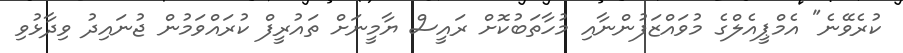
ކުރެވޭނެ" އެމްޕީއެލްގެ މުވައްޒަފުންނާއި މުހާތަބުކޮށް ރައީސް ޔާމީނަށް ތައުރީފް ކުރައްވަމުން ޖުނައިދު ވިދާޅުވި